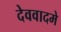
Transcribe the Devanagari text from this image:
देववादमे